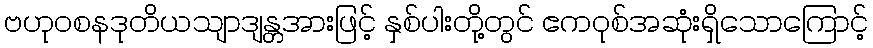
ဗဟုဝစနဒုတိယသျာဒျန္တအားဖြင့် နှစ်ပါးတို့တွင် ဧကဝုစ်အဆုံးရှိသောကြောင့်